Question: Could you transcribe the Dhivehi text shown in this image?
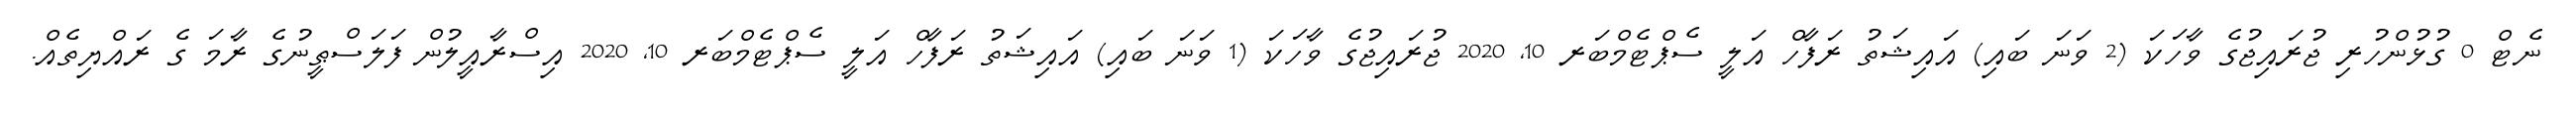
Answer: ނެޓް 0 ގުޅުންހުރި ޖުރައިޖުގެ ވާހަކަ (2 ވަނަ ބައި) އައިޝަތު ރަފާހް އަލީ ސެޕްޓެމްބަރ 10, 2020 ޖުރައިޖުގެ ވާހަކަ (1 ވަނަ ބައި) އައިޝަތު ރަފާހް އަލީ ސެޕްޓެމްބަރ 10, 2020 އިސްރާއީލުން ފަލަސްޠީނުގެ ރާމަ ގެ ރައްޔިތެއް.